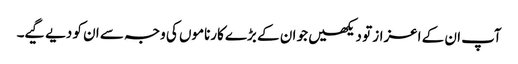
آپ ان کے اعزاز تو دیکھیں جو ان کے بڑے کارناموں کی وجہ سے ان کو دیے گیے۔